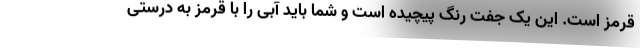
قرمز است. این یک جفت رنگ پیچیده است و شما باید آبی را با قرمز به درستی